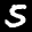
Label: 5